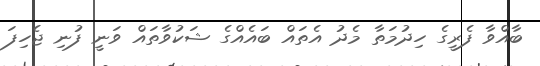
ބާއްވާ ފެރީގެ ހިދުމަތާ މެދު އެތައް ބައެއްގެ ޝަކުވާތައް ވަނީ ފުނި ޖެހިފަ